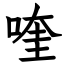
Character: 喹